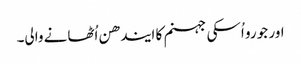
اور جو رو اُسکی جہنم کا ایندھن اُٹھانے والی۔